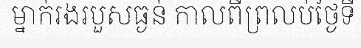
ម្នាក់រងរបួសធ្ងន់ កាលពីព្រលប់ថ្ងៃទី